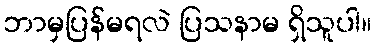
ဘာမှပြန်မရလဲ ပြသနာမ ရှိသူပါ။